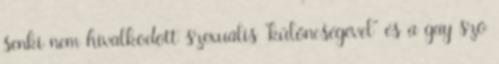
senki nem hivalkodott szexuális "különcségével" és a gay szó